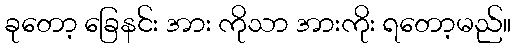
ခုတော့ ခြေနင်း အား ကိုသာ အားကိုး ရတော့မည်။